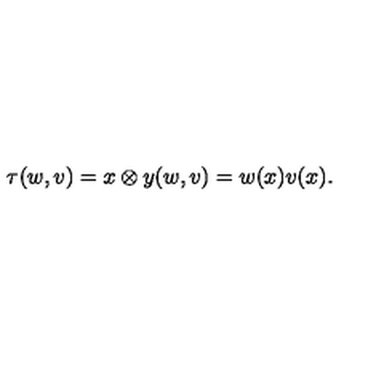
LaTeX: \tau ( w , v ) = { x \otimes y } ( w , v ) = w ( x ) v ( x ) .